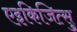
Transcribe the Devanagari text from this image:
एइकिजित्सु